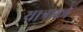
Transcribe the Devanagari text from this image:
यात्राको